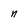
Character: n